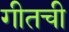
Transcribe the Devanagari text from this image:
गीतची